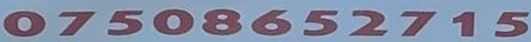
07508652715